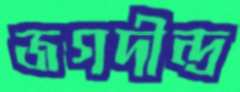
জগদীন্দ্র